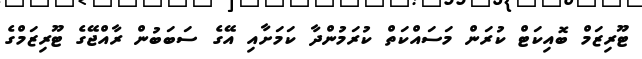
ޓޫރިޒަމް ބޮއިކަޓް ކުރަން މަސައްކަތް ކުރަމުންދާ ކަމަށާއި އޭގެ ސަބަބުން ރާއްޖޭގެ ޓޫރިޒަމްގެ